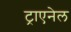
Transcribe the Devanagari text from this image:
ट्राएनेल